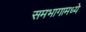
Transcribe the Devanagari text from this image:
समभागामध्ये